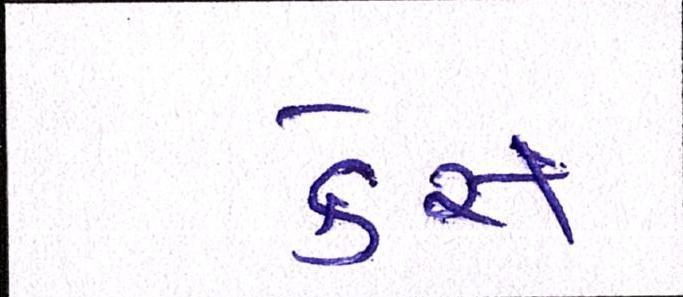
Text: કેસ